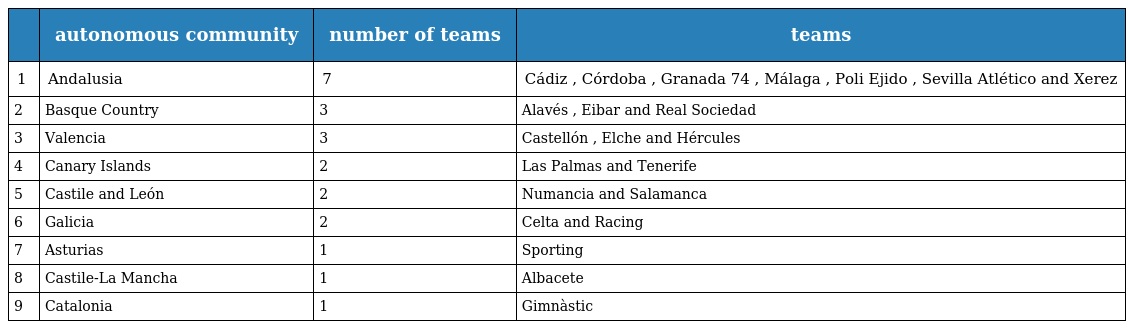
|  | autonomous community | number of teams | teams |
 | --- | --- | --- | --- |
 | 1 | Andalusia | 7 | Cádiz , Córdoba , Granada 74 , Málaga , Poli Ejido , Sevilla Atlético and Xerez |
 | 2 | Basque Country | 3 | Alavés , Eibar and Real Sociedad |
 | 3 | Valencia | 3 | Castellón , Elche and Hércules |
 | 4 | Canary Islands | 2 | Las Palmas and Tenerife |
 | 5 | Castile and León | 2 | Numancia and Salamanca |
 | 6 | Galicia | 2 | Celta and Racing |
 | 7 | Asturias | 1 | Sporting |
 | 8 | Castile-La Mancha | 1 | Albacete |
 | 9 | Catalonia | 1 | Gimnàstic |